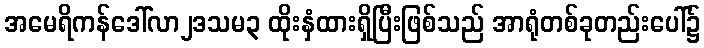
အမေရိကန်ဒေါ်လာ၂ဒသမ၃ ထိုးနှံထားရှိပြီးဖြစ်သည် အာရုံတစ်ခုတည်းပေါ်၌